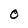
Character: O